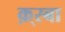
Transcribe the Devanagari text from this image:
क़्स्बा